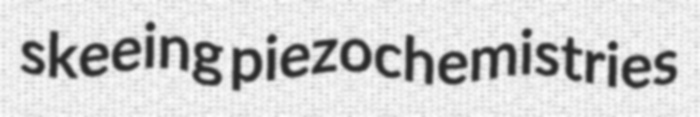
skeeing piezochemistries